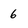
Character: 6